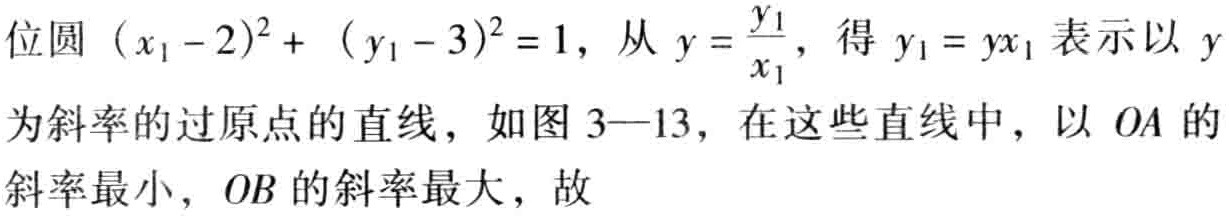
位圆 \((x_1 - 2)^2 + (y_1 - 3)^2 = 1\)，从 \(y = \frac{y_1}{x_1}\)，得 \(y_1 = yx_1\) 表示以 \(y\) 为斜率的过原点的直线，如图 3—13，在这些直线中，以 \(OA\) 的斜率最小，\(OB\) 的斜率最大，故